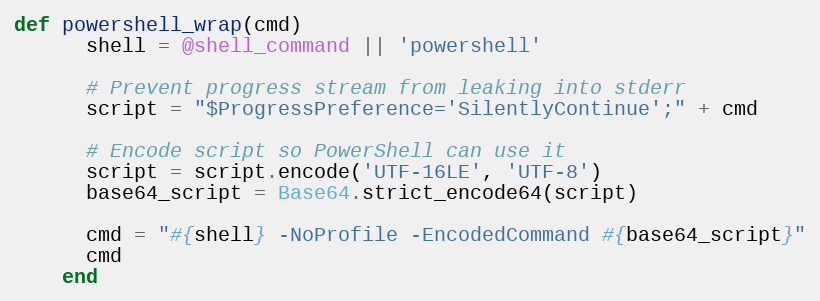
Language: Ruby
def powershell_wrap(cmd)
      shell = @shell_command || 'powershell'

      # Prevent progress stream from leaking into stderr
      script = "$ProgressPreference='SilentlyContinue';" + cmd

      # Encode script so PowerShell can use it
      script = script.encode('UTF-16LE', 'UTF-8')
      base64_script = Base64.strict_encode64(script)

      cmd = "#{shell} -NoProfile -EncodedCommand #{base64_script}"
      cmd
    end